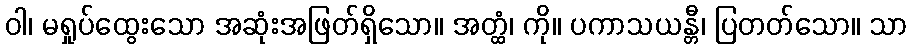
ဝါ၊ မရှုပ်ထွေးသော အဆုံးအဖြတ်ရှိသော။ အတ္ထံ၊ ကို။ ပကာသယန္တီ၊ ပြတတ်သော။ သာ